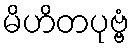
မိဟိတပုဗ္ဗံ